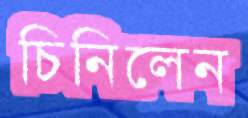
চিনিলেন